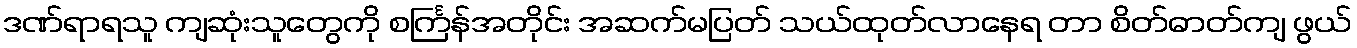
ဒဏ်ရာရသူ ကျဆုံးသူတွေကို စင်္ကြန်အတိုင်း အဆက်မပြတ် သယ်ထုတ်လာနေရ တာ စိတ်ဓာတ်ကျ ဖွယ်